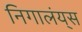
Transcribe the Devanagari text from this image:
निगालंय्‌स